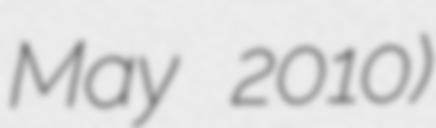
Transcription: May 2010)